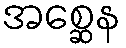
အစ္ဆေန